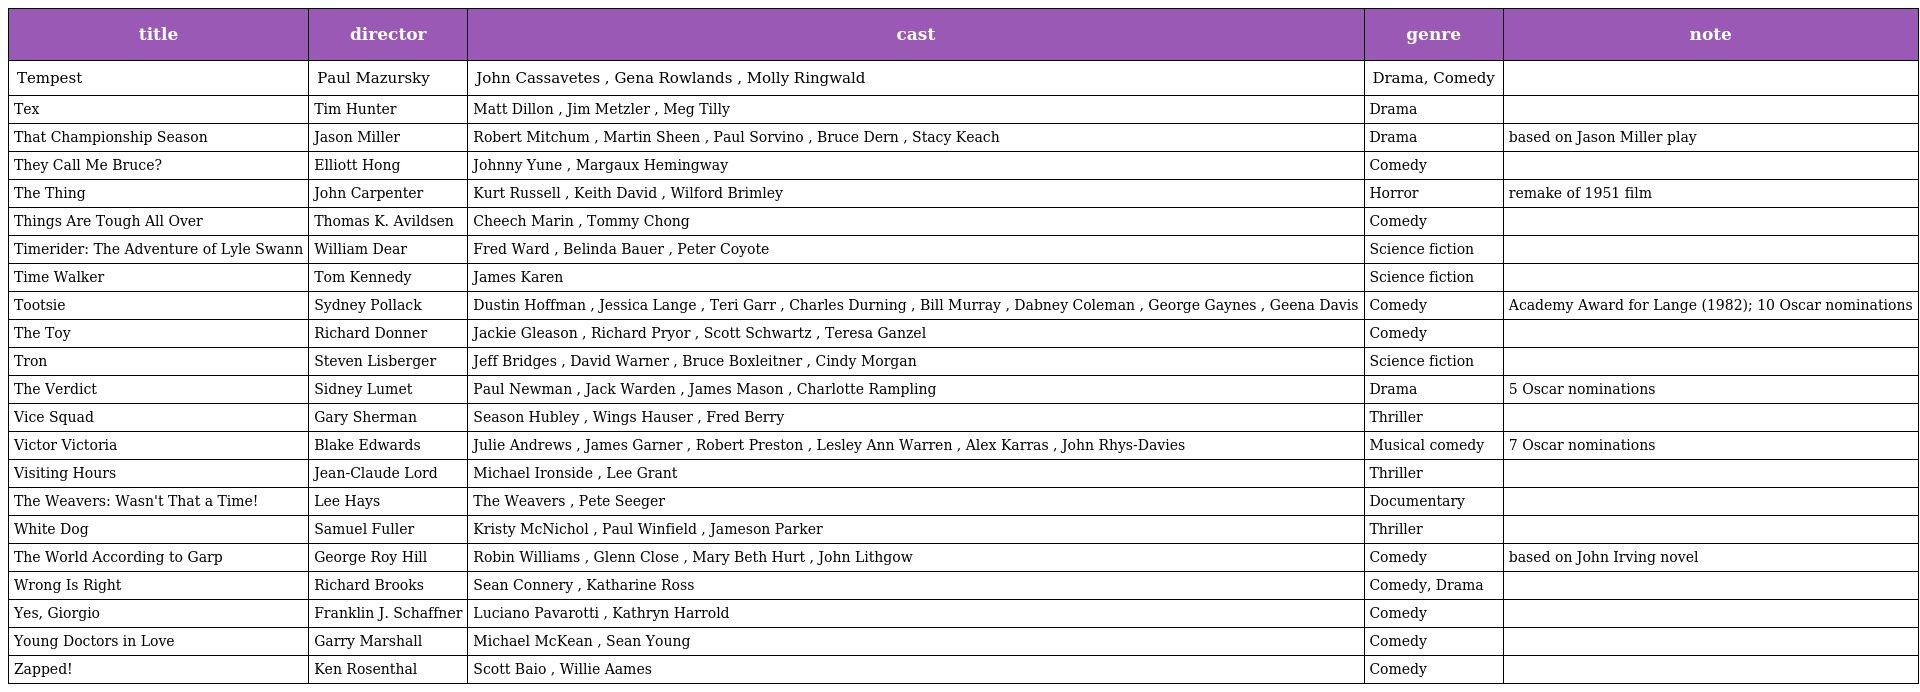
| title | director | cast | genre | note |
 | --- | --- | --- | --- | --- |
 | Tempest | Paul Mazursky | John Cassavetes , Gena Rowlands , Molly Ringwald | Drama, Comedy |  |
 | Tex | Tim Hunter | Matt Dillon , Jim Metzler , Meg Tilly | Drama |  |
 | That Championship Season | Jason Miller | Robert Mitchum , Martin Sheen , Paul Sorvino , Bruce Dern , Stacy Keach | Drama | based on Jason Miller play |
 | They Call Me Bruce? | Elliott Hong | Johnny Yune , Margaux Hemingway | Comedy |  |
 | The Thing | John Carpenter | Kurt Russell , Keith David , Wilford Brimley | Horror | remake of 1951 film |
 | Things Are Tough All Over | Thomas K. Avildsen | Cheech Marin , Tommy Chong | Comedy |  |
 | Timerider: The Adventure of Lyle Swann | William Dear | Fred Ward , Belinda Bauer , Peter Coyote | Science fiction |  |
 | Time Walker | Tom Kennedy | James Karen | Science fiction |  |
 | Tootsie | Sydney Pollack | Dustin Hoffman , Jessica Lange , Teri Garr , Charles Durning , Bill Murray , Dabney Coleman , George Gaynes , Geena Davis | Comedy | Academy Award for Lange (1982); 10 Oscar nominations |
 | The Toy | Richard Donner | Jackie Gleason , Richard Pryor , Scott Schwartz , Teresa Ganzel | Comedy |  |
 | Tron | Steven Lisberger | Jeff Bridges , David Warner , Bruce Boxleitner , Cindy Morgan | Science fiction |  |
 | The Verdict | Sidney Lumet | Paul Newman , Jack Warden , James Mason , Charlotte Rampling | Drama | 5 Oscar nominations |
 | Vice Squad | Gary Sherman | Season Hubley , Wings Hauser , Fred Berry | Thriller |  |
 | Victor Victoria | Blake Edwards | Julie Andrews , James Garner , Robert Preston , Lesley Ann Warren , Alex Karras , John Rhys-Davies | Musical comedy | 7 Oscar nominations |
 | Visiting Hours | Jean-Claude Lord | Michael Ironside , Lee Grant | Thriller |  |
 | The Weavers: Wasn't That a Time! | Lee Hays | The Weavers , Pete Seeger | Documentary |  |
 | White Dog | Samuel Fuller | Kristy McNichol , Paul Winfield , Jameson Parker | Thriller |  |
 | The World According to Garp | George Roy Hill | Robin Williams , Glenn Close , Mary Beth Hurt , John Lithgow | Comedy | based on John Irving novel |
 | Wrong Is Right | Richard Brooks | Sean Connery , Katharine Ross | Comedy, Drama |  |
 | Yes, Giorgio | Franklin J. Schaffner | Luciano Pavarotti , Kathryn Harrold | Comedy |  |
 | Young Doctors in Love | Garry Marshall | Michael McKean , Sean Young | Comedy |  |
 | Zapped! | Ken Rosenthal | Scott Baio , Willie Aames | Comedy |  |